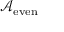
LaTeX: { \mathcal { A } } _ { \mathrm { e v e n } }